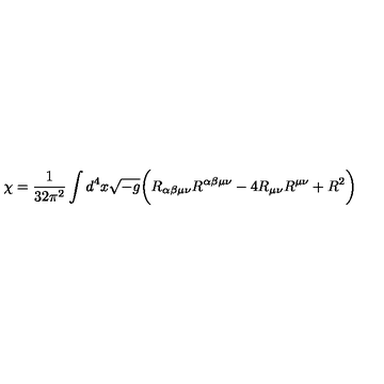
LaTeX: \chi = \frac { 1 } { 3 2 \pi ^ { 2 } } \int d ^ { 4 } x \sqrt { - g } \biggl ( R _ { \alpha \beta \mu \nu } R ^ { \alpha \beta \mu \nu } - 4 R _ { \mu \nu } R ^ { \mu \nu } + R ^ { 2 } \biggr )